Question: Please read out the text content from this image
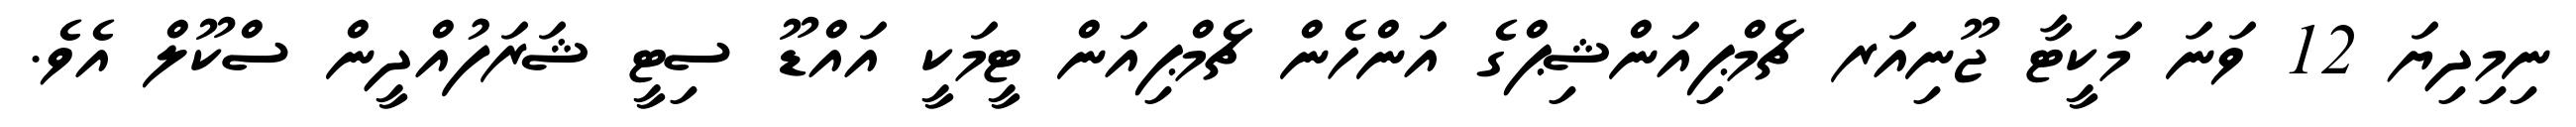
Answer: ނިމިދިޔަ 12 ވަނަ މަކީޓާ ޖޫނިއަރ ޗެމްޕިއަންޝިޕްގެ އަންހެން ޗެމްޕިއަން ޓީމަކީ އައްޑޫ ސިޓީ ޝަރަފުއްދީން ސްކޫލް އެވެ.